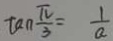
\tan \frac { \pi } { 3 } = \frac { 1 } { a }